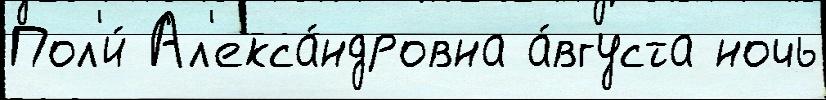
Пол'и́ Ал'екса́ндровна а́вгуста ночь